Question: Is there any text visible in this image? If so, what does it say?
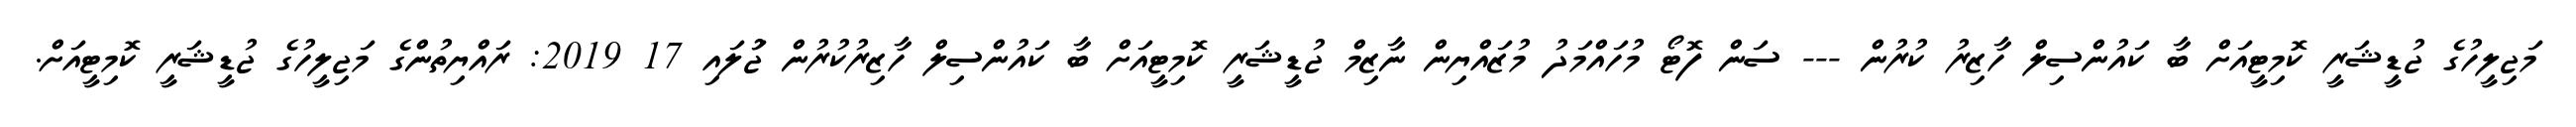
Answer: މަޖިލީހުގެ ޖުޑީޝަރީ ކޮމިޓީއަށް ބާ ކައުންސިލް ހާޒިރު ކުރުން --- ސަން ފޮޓޯ މުހައްމަދު މުޒައްޔިން ނާޒިމް ޖުޑީޝަރީ ކޮމިޓީއަށް ބާ ކައުންސިލް ހާޒިރުކުރުން ޖުަލައި 17 2019: ރައްޔިތުންގެ މަޖިލީހުގެ ޖުޑީޝަރީ ކޮމިޓީއަށް.